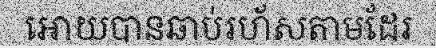
អោយបានឆាប់រហ័សតាមដែរ